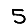
Digit: 5